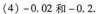
(4)-0.02和-0.2.